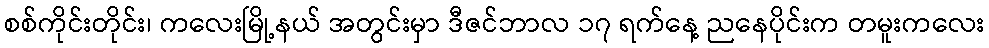
စစ်ကိုင်းတိုင်း၊ ကလေးမြို့နယ် အတွင်းမှာ ဒီဇင်ဘာလ ၁၇ ရက်နေ့ ညနေပိုင်းက တမူးကလေး